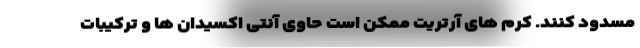
مسدود کنند. کرم های آرتریت ممکن است حاوی آنتی اکسیدان ها و ترکیبات